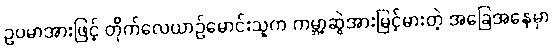
ဥပမာအားဖြင့် တိုက်လေယာဉ်မောင်းသူက ကမ္ဘာ့ဆွဲအားမြင့်မားတဲ့ အခြေအနေမှာ